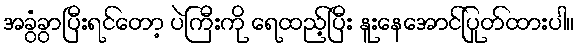
အခွံခွာပြီးရင်တော့ ပဲကြီးကို ရေထည့်ပြီး နူးနေအောင်ပြုတ်ထားပါ။